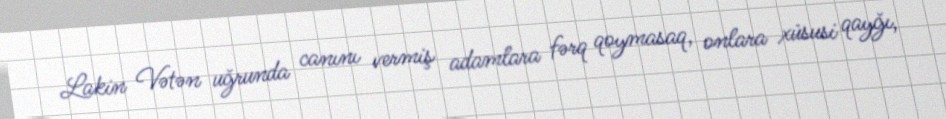
Lakin Vətən uğrunda canını vermiş adamlara fərq qoymasaq, onlara xüsusi qayğı,